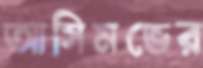
আসিমভের